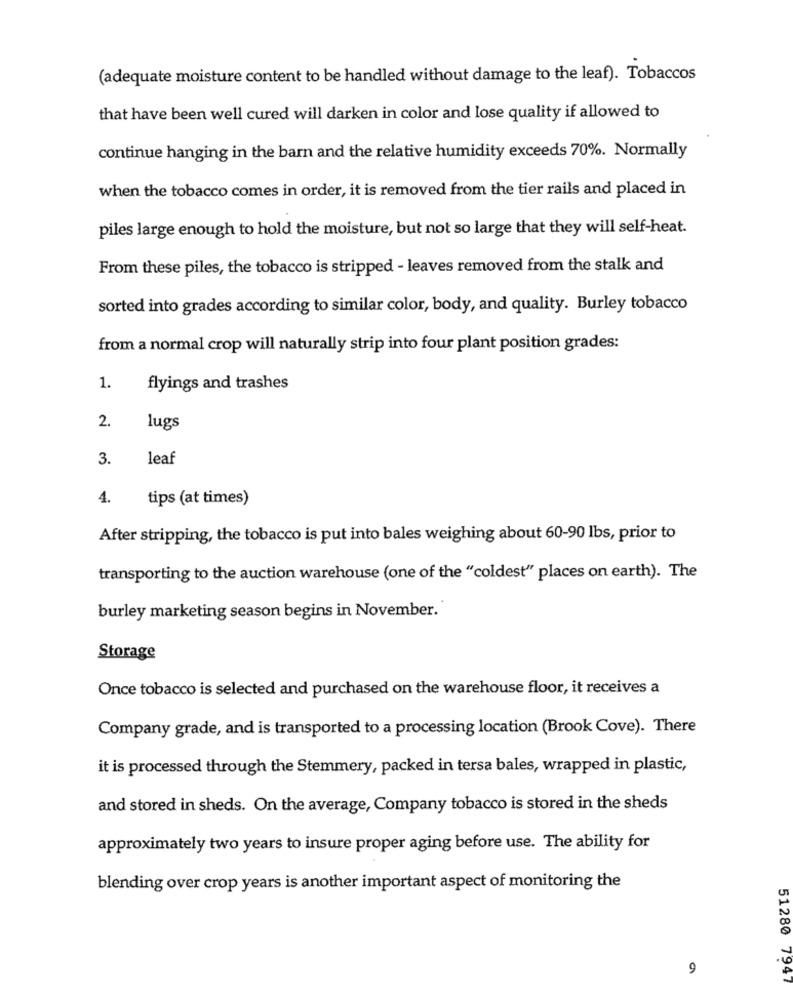
(adequate moisture content to be handled without damage to the leaf). Tobaccos
that have been well cured will darken in color and lose quality if allowed to
continue hanging in the barn and the relative humidity exceeds 70%. Normally
when the tobacco comes in order, it is removed from the tier rails and placed in
piles large enough to hold the moisture, but not so large that they will self-heat.
From these piles, the tobacco is stripped - leaves removed from the stalk and
sorted into grades according to similar color, body, and quality. Burley tobacco
from a normal crop will naturally strip into four plant position grades:
1.
flyings and trashes
2.
lugs
3.
leaf
4.
tips (at times)
After stripping, the tobacco is put into bales weighing about 60-90 lbs, prior to
transporting to the auction warehouse (one of the "coldest" places on earth). The
burley marketing season begins in November.'
Storage
Once tobacco is selected and purchased on the warehouse floor, it receives a
Company grade, and is transported to a processing location (Brook Cove). There
it is processed through the Stemmery, packed in tersa bales, wrapped in plastic,
and stored in sheds. On the average, Company tobacco is stored in the sheds
approximately two years to insure proper aging before use. The ability for
blending over crop years is another important aspect of monitoring the
9
51280 7947